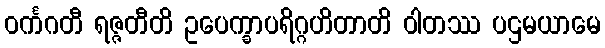
ဝင်္ကဂတီ ရဇ္ဇတီတိ ဥပေက္ခာပရိဂ္ဂဟိတာတိ ဝါတဿ ပဌမယာမေ